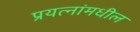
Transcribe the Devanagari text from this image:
प्रयत्‍नांमधील